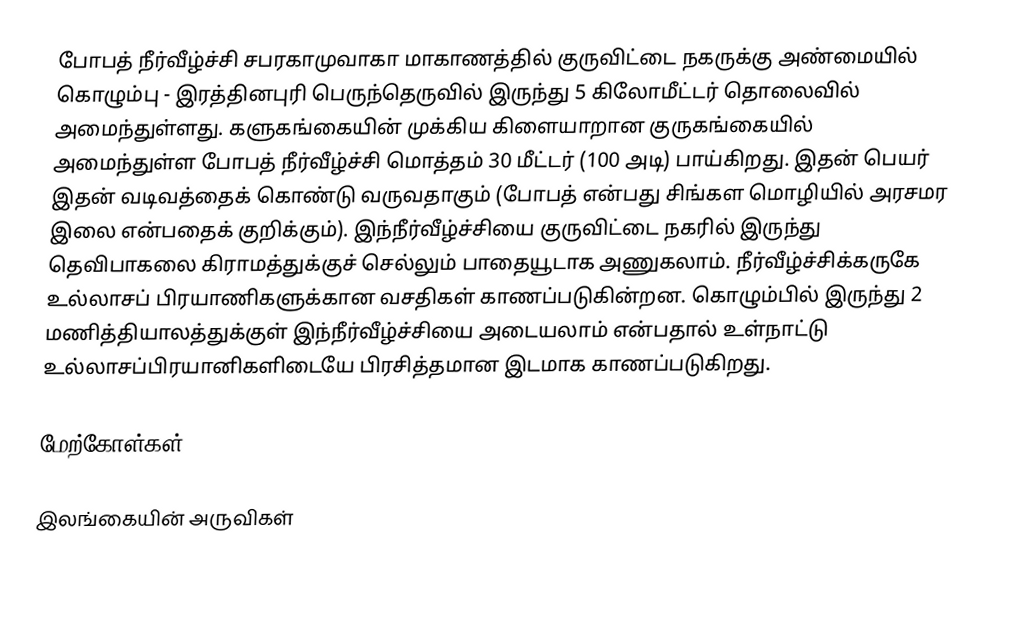
போபத் நீர்வீழ்ச்சி சபரகாமுவாகா மாகாணத்தில் குருவிட்டை நகருக்கு அண்மையில் கொழும்பு - இரத்தினபுரி பெருந்தெருவில் இருந்து 5 கிலோமீட்டர் தொலைவில் அமைந்துள்ளது. களுகங்கையின் முக்கிய கிளையாறான குருகங்கையில் அமைந்துள்ள போபத் நீர்வீழ்ச்சி மொத்தம் 30 மீட்டர் (100 அடி) பாய்கிறது. இதன் பெயர் இதன் வடிவத்தைக் கொண்டு வருவதாகும் (போபத் என்பது சிங்கள மொழியில் அரசமர இலை என்பதைக் குறிக்கும்). இந்நீர்வீழ்ச்சியை குருவிட்டை நகரில் இருந்து தெவிபாகலை கிராமத்துக்குச் செல்லும் பாதையூடாக அணுகலாம். நீர்வீழ்ச்சிக்கருகே உல்லாசப் பிரயாணிகளுக்கான வசதிகள் காணப்படுகின்றன. கொழும்பில் இருந்து 2 மணித்தியாலத்துக்குள் இந்நீர்வீழ்ச்சியை அடையலாம் என்பதால் உள்நாட்டு உல்லாசப்பிரயானிகளிடையே பிரசித்தமான இடமாக காணப்படுகிறது.

மேற்கோள்கள்

இலங்கையின் அருவிகள்